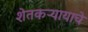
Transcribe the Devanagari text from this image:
शेतकऱ्यायाचे